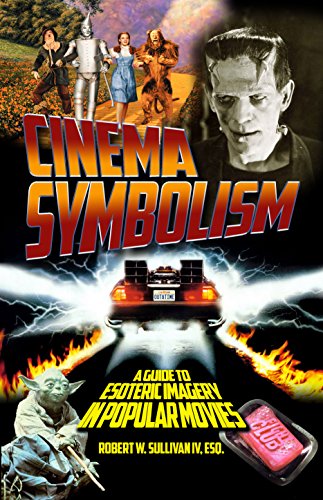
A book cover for Cinema Symbolism; Robert W. Sullivan IV; Humor & Entertainment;